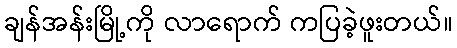
ချန်အန်းမြို့ကို လာရောက် ကပြခဲ့ဖူးတယ်။